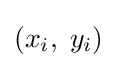
(x_{i},\;y_{i})